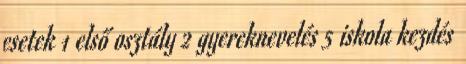
esetek 1 első osztály 2 gyereknevelés 5 iskola kezdés